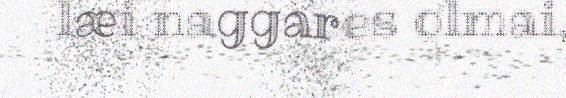
læi naggares olmai,